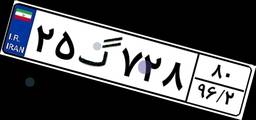
۲۵گ۷۲۸۸۰